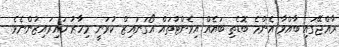
ރާއްޖޭގައި ބާއްވާ އެންމެ ބޮޑެތި ބައެއް އިވެންޓުތައް އޯގަނައިޒް ކުރަނީ މިހާރު ހައިރައިޒުންނެވެ.